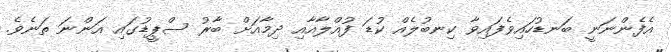
އެފެންނަނީ ބަނޑުހައިވެފައިވާ ކިނބުލެއް ކުޑަ ފުއްލާއާއި ދިމާއަށް ބާރު ސްޕީޑުގައި އަންނަ ތަނެވެ.